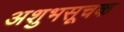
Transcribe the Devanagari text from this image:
अशुभसूचक